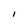
Character: I